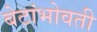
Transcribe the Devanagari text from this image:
बेटांभोवती